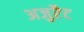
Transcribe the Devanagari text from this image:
अजुरैट